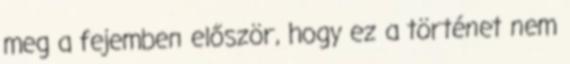
meg a fejemben először, hogy ez a történet nem